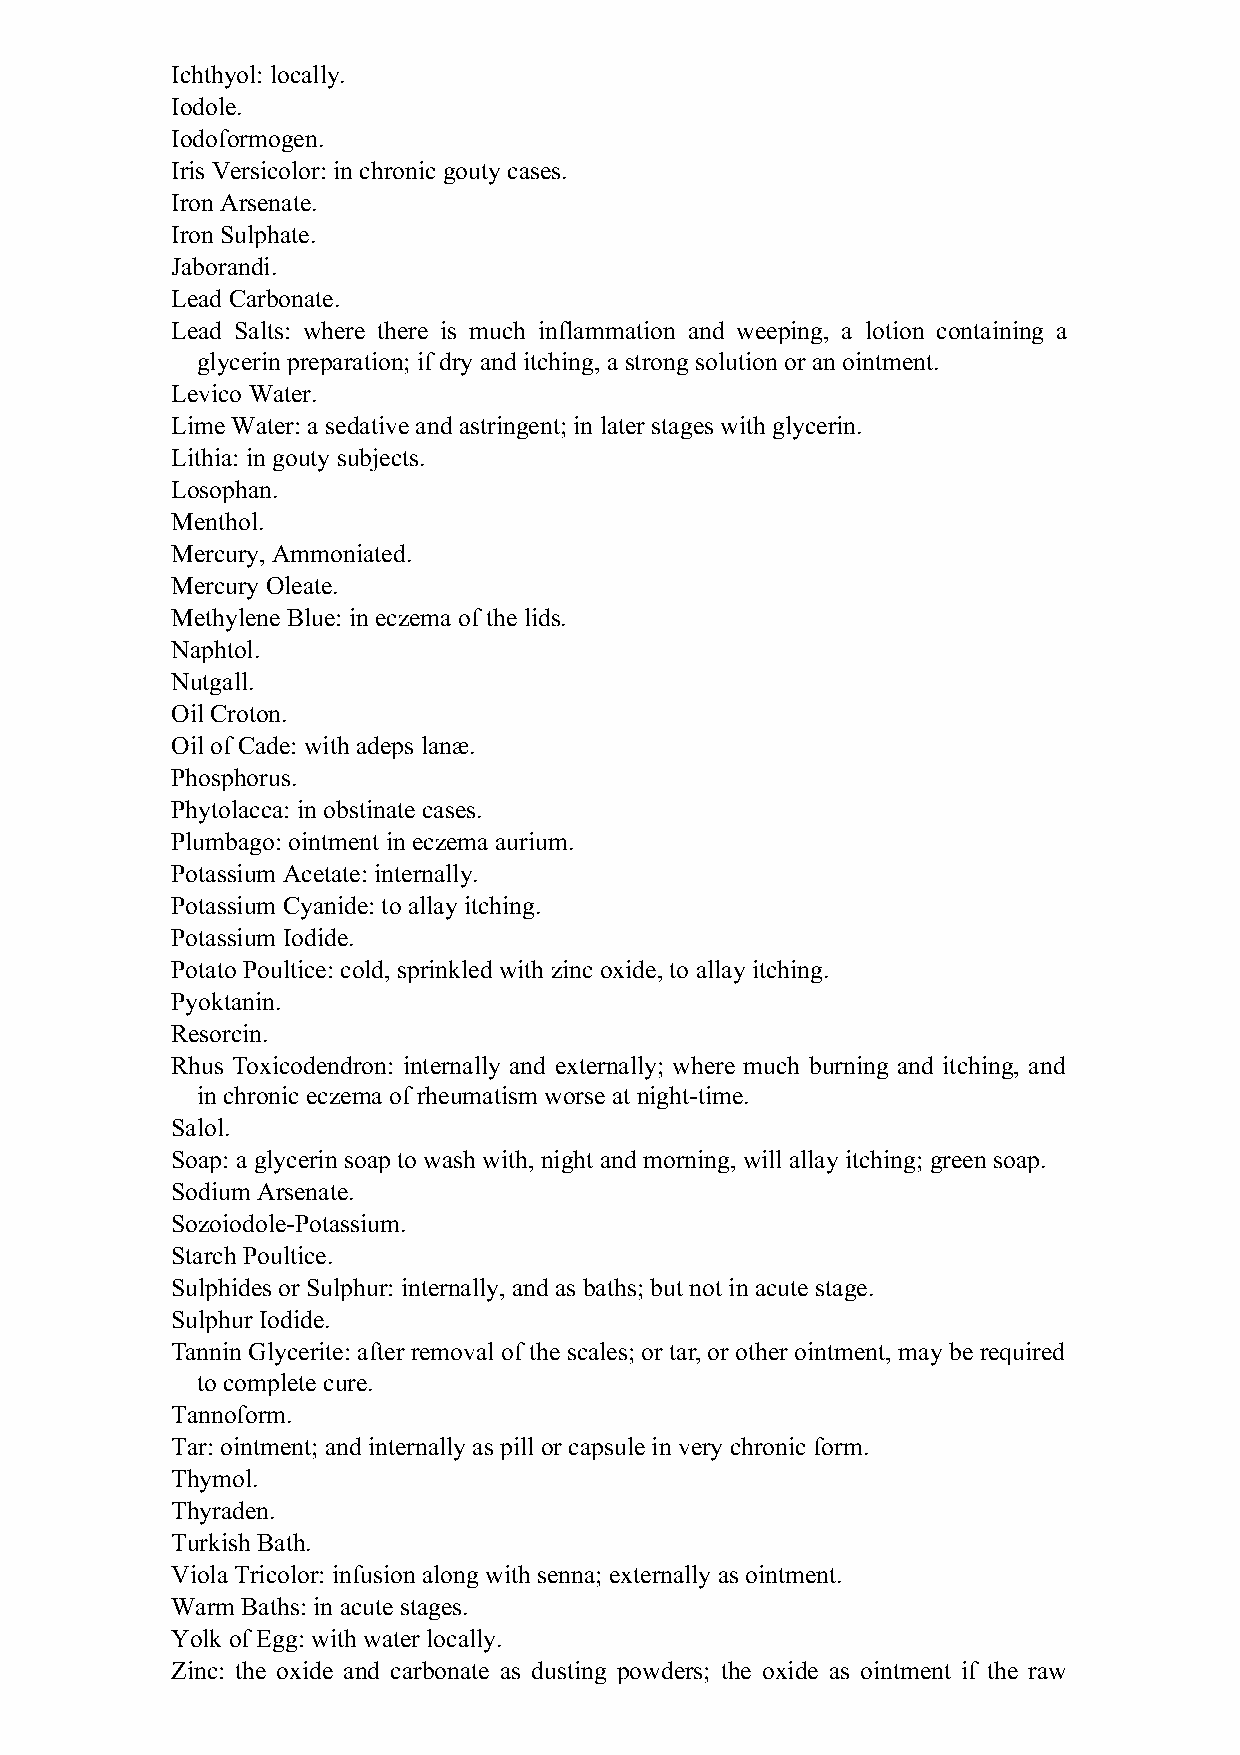
Ichthyol: locally.
 Iodole.
 Iodoformogen.
 Iris Versicolor: in chronic gouty cases.
 Iron Arsenate.
 Iron Sulphate.
 Jaborandi.
 Lead Carbonate.
 Lead Salts: where there is much inflammation and weeping, a lotion containing a
 glycerin preparation; if dry and itching, a strong solution or an ointment.
 Levico Water.
 Lime Water: a sedative and astringent; in later stages with glycerin.
 Lithia: in gouty subjects.
 Losophan.
 Menthol.
 Mercury, Ammoniated.
 Mercury Oleate.
 Methylene Blue: in eczema of the lids.
 Naphtol.
 Nutgall.
 Oil Croton.
 Oil of Cade: with adeps lanæ.
 Phosphorus.
 Phytolacca: in obstinate cases.
 Plumbago: ointment in eczema aurium.
 Potassium Acetate: internally.
 Potassium Cyanide: to allay itching.
 Potassium Iodide.
 Potato Poultice: cold, sprinkled with zinc oxide, to allay itching.
 Pyoktanin.
 Resorcin.
 Rhus Toxicodendron: internally and externally; where much burning and itching, and
 in chronic eczema of rheumatism worse at night-time.
 Salol.
 Soap: a glycerin soap to wash with, night and morning, will allay itching; green soap.
 Sodium Arsenate.
 Sozoiodole-Potassium.
 Starch Poultice.
 Sulphides or Sulphur: internally, and as baths; but not in acute stage.
 Sulphur Iodide.
 Tannin Glycerite: after removal of the scales; or tar, or other ointment, may be required
 to complete cure.
 Tannoform.
 Tar: ointment; and internally as pill or capsule in very chronic form.
 Thymol.
 Thyraden.
 Turkish Bath.
 Viola Tricolor: infusion along with senna; externally as ointment.
 Warm Baths: in acute stages.
 Yolk of Egg: with water locally.
 Zinc: the oxide and carbonate as dusting powders; the oxide as ointment if the raw